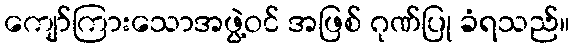
ကျော်ကြားသောအဖွဲ့ဝင် အဖြစ် ဂုဏ်ပြု ခံရသည်။